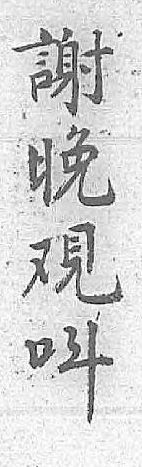
謝呌晚 覌